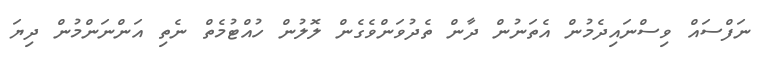
ނަފްސައް ވިސްނައިދެމުން އެތަނުން ދާން ތެދުވަންވެގެން ލޮލުން ހުއްޓުމެތް ނެތި އަންނަންމުން ދިޔަ